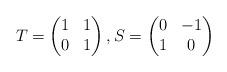
LaTeX: \begin{align*} T=\begin{pmatrix} 1 & 1\\ 0 & 1\\ \end{pmatrix}, S=\begin{pmatrix} 0 & -1\\ 1 & 0\\ \end{pmatrix}\end{align*}